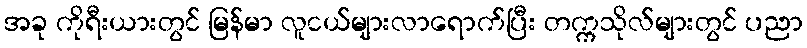
အခု ကိုရီးယားတွင် မြန်မာ လူငယ်များလာရောက်ပြီး တက္ကသိုလ်များတွင် ပညာ